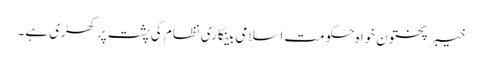
خیبرپختون خواہ حکومت اسلامی بینکاری نظام کی پشت پرکھڑی ہے۔